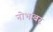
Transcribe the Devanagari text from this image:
नोभम्बर